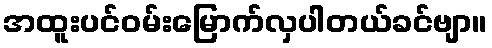
အထူးပင်ဝမ်းမြောက်လှပါတယ်ခင်ဗျာ။